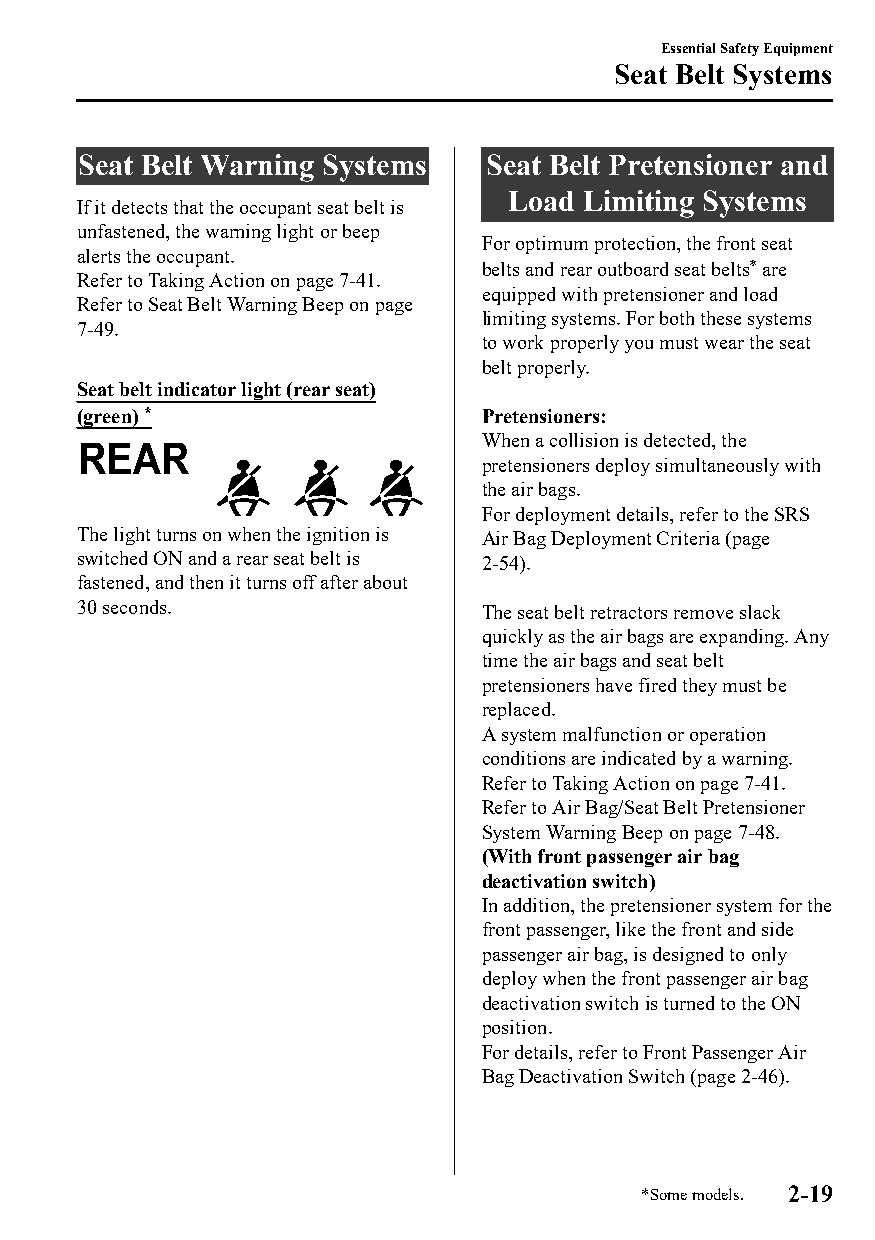
Essential Safety Equipment
 Seat Belt Systems
 Seat Belt Warning Systems  Seat Belt Pretensioner and
 Load Limiting Systems
 If it detects that the occupant seat belt is
 unfastened, the warning light or beep
 For optimum protection, the front seat
 alerts the occupant.
 belts and rear outboard seat belts* are
 Refer to Taking Action on page 7-41.
 equipped with pretensioner and load
 Refer to Seat Belt Warning Beep on page
 limiting systems. For both these systems
 7-49.
 to work properly you must wear the seat
 belt properly.
 Seat belt indicator light (rear seat)
 (green) *                  Pretensioners:
 When a collision is detected, the
 pretensioners deploy simultaneously with
 the air bags.
 For deployment details, refer to the SRS
 The light turns on when the ignition is Air Bag Deployment Criteria (page
 switched ON and a rear seat belt is 2-54).
 fastened, and then it turns off after about
 30 seconds.                The seat belt retractors remove slack
 quickly as the air bags are expanding. Any
 time the air bags and seat belt
 pretensioners have fired they must be
 replaced.
 A system malfunction or operation
 conditions are indicated by a warning.
 Refer to Taking Action on page 7-41.
 Refer to Air Bag/Seat Belt Pretensioner
 System Warning Beep on page 7-48.
 (With front passenger air bag
 deactivation switch)
 In addition, the pretensioner system for the
 front passenger, like the front and side
 passenger air bag, is designed to only
 deploy when the front passenger air bag
 deactivation switch is turned to the ON
 position.
 For details, refer to Front Passenger Air
 Bag Deactivation Switch (page 2-46).
 *Some models. 2-19
 CX-3_8GT4-EE-18D_Edition4                  2018-9-6 18:32:19